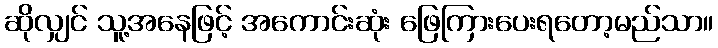
ဆိုလျှင် သူ့အနေဖြင့် အကောင်းဆုံး ဖြေကြားပေးရတော့မည်သာ။